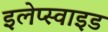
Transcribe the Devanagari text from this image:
इलेप्स्वाइड